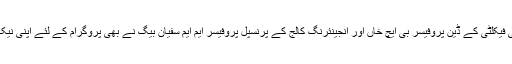
انجینئرنگ اینڈ ٹیکنالوجی فیکلٹی کے ڈین پروفیسر بی ایچ خاں اور انجینئرنگ کالج کے پرنسپل پروفیسر ایم ایم سفیان بیگ نے بھی پروگرام کے لئے اپنی نیک خواہشات کا اظہار کیا۔